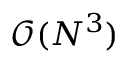
\mathcal { O } ( N ^ { 3 } )